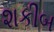
શકીબ